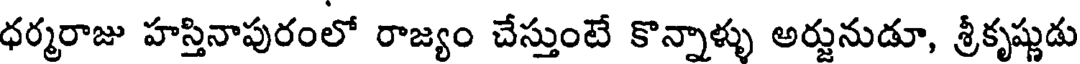
ధర్మరాజు హస్తినాపురంలో రాజ్యం చేస్తుంటే కొన్నాళ్ళు అర్జునుడూ, శ్రీకృష్ణుడు